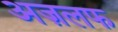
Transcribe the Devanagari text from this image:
अज़लफ